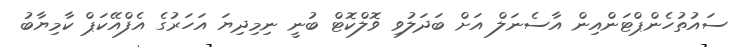
ސައުތުހެންޕްޓަންއިން އާސެނަލް އަށް ބަދަލުވި ވޮލްކޮޓް ބުނީ ނިމިދިޔަ އަހަރުގެ އެފްއޭކަޕް ކާމިޔާބު